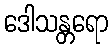
ဒေါသန္တရော